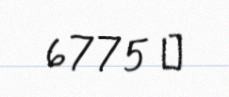
6775 ₼